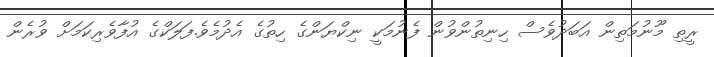
ރީތި މޫނުމަތިން އަބަދުވެސް ހިނިތުންވުން ފެނުމަކީ ނިކްޔަންގެ ހިތުގެ އެދުމެވެ.ފަލަކްގެ އުފާވެރިކަމަށް ވުރެން